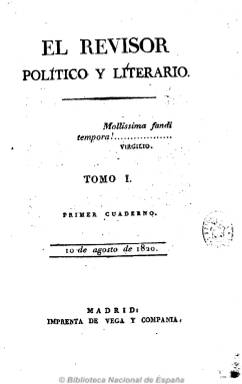
Título: El Revisor político y literario
Colección: Periódicos anteriores a 1850
Ámbito geográfico: Madrid
Lugar de publicación: Madrid
Fechas: 10/08/1820-30/01/1821

En su prospecto había señalado que se titularía El censor, y al salir un periódico con este título, cambiará a esta cabecera. Es una revista de tendencia liberal, constitucionalista e ilustrada, que se publicó desde el diez de agosto de 1820 al 30 de enero de 1821, los días 10, 20 y 30 de cada mes en números de 24 páginas cada uno, formando una colección de dos tomos. Salió de la imprenta madrileña de Vega y Compañía.

Incluye preferentemente amplios artículos doctrinales de historia y ciencia política y constitucionalista española y europea, pero también otros de ciencias, industria, educación, economía y administraciones públicas y militar y literatura. Asimismo, da cabida a extensas crónicas parlamentarias y de actualidad política española, extranjera y de América, así como algunos anuncios de bibliografía y otros artículos remitidos. Resalta asimismo una serie de actualidad política bajo una sección titulada “Cartas”, de la que es autor “El Cobadongo”.

Se trata de una publicación de excelente rigor intelectual e informativo. Incluye un índice al final de cada tomo, formado cada uno por nueve números.